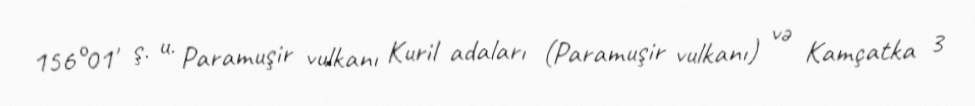
156°01′ ş. u. Paramuşir vulkanı Kuril adaları (Paramuşir vulkanı) və Kamçatka 3